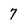
Character: 7